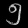
Digit: ၅